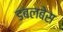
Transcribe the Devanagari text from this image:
डबलबेस